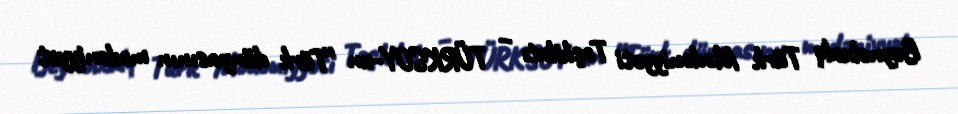
Beynəlxalq Türk Mədəniyyəti Təşkilatı – TÜRKSOY-un “Türk dünyasının mədəniyyət